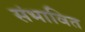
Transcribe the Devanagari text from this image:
संभावित